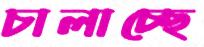
চালাচ্ছে